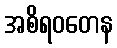
အစိရဝတေန